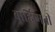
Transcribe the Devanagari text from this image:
बार्हिष्मती